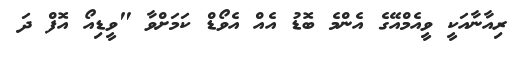
ރިއާނާއަކީ ވީއެމްއޭގެ އެންމެ ބޮޑު އެއް އެވޯޑް ކަމަށްވާ "ވީޑިއޯ އޮފް ދަ